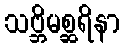
သဗ္ဘိမစ္ဆရိနာ